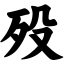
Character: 殁